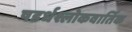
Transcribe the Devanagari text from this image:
षडर्धश्लोकवार्तिक